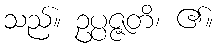
သည်။ ဥပ္ပဇ္ဇတိ၊ ၏။